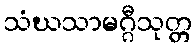
သံဃသာမဂ္ဂီသုတ္တ